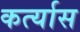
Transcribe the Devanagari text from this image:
कर्त्यास